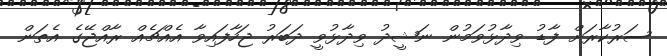
ސަރުކާރަށް ފާޑު ވިދާޅުވަމުން ނަޝީދު ވިދާޅުވީ ދަބަރު ޖަހާފައިވާ އެއްޗެއް ރާއްޖޭގެ އެތަން